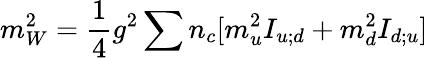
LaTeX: m_{W}^{2}={\frac{1}{4}}g^{2}\sum n_{c}[m_{u}^{2}I_{u;d}+m_{d}^{2}I_{d;u}]\,